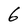
Character: 6